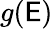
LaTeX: g(\mathsf{E})